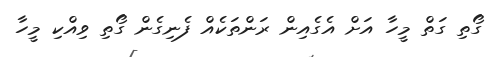
ގޯތި ގަތް މީހާ އަށް އެގެއިން ރަންތަކެއް ފެނިގެން ގޯތި ވިއްކި މީހާ